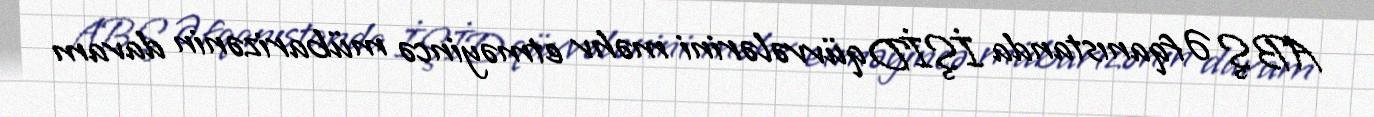
ABŞ Əfqanıstanda İŞİD qüvvələrini məhv etməyincə mübarizənin davam